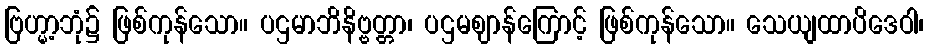
ဗြဟ္မာ့ဘုံ၌ ဖြစ်ကုန်သော။ ပဌမာဘိနိဗ္ဗတ္တာ၊ ပဌမဈာန်ကြောင့် ဖြစ်ကုန်သော။ သေယျထာပိဒေဝါ၊